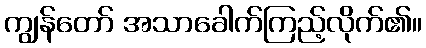
ကျွန်တော် အသာခေါက်ကြည့်လိုက်၏။